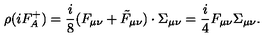
\rho ( i F _ { A } ^ { + } ) = \frac { i } { 8 } ( F _ { \mu \nu } + \tilde { F } _ { \mu \nu } ) \cdot \Sigma _ { \mu \nu } = \frac { i } { 4 } F _ { \mu \nu } \Sigma _ { \mu \nu } .